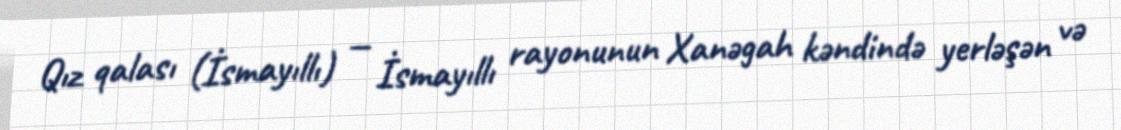
Qız qalası (İsmayıllı) — İsmayıllı rayonunun Xanəgah kəndində yerləşən və